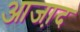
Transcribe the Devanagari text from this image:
आजा़द